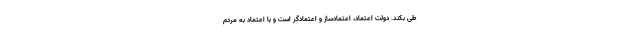
طی بکند. دولت اعتماد، اعتمادساز و اعتمادگر است و با اعتماد به مردم